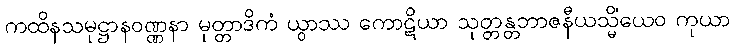
ကထိနသမုဋ္ဌာနဝဏ္ဏနာ မုတ္တာဒိကံ ယွာဿ ကောဋိယာ သုတ္တန္တဘာဇနီယသ္မိံယေဝ ကုယာ